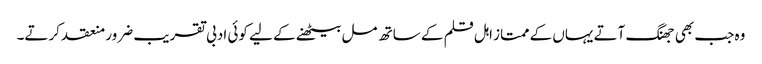
وہ جب بھی جھنگ آتے یہاں کے ممتاز اہل قلم کے ساتھ مل بیٹھنے کے لیے کوئی ادبی تقریب ضرور منعقد کرتے۔